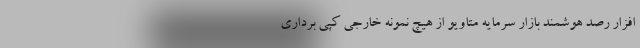
افزار رصد هوشمند بازار سرمایه متاویو از هیچ نمونه خارجی کپی برداری